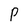
Character: p